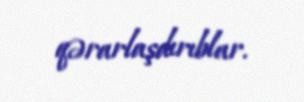
qərarlaşdırıblar.